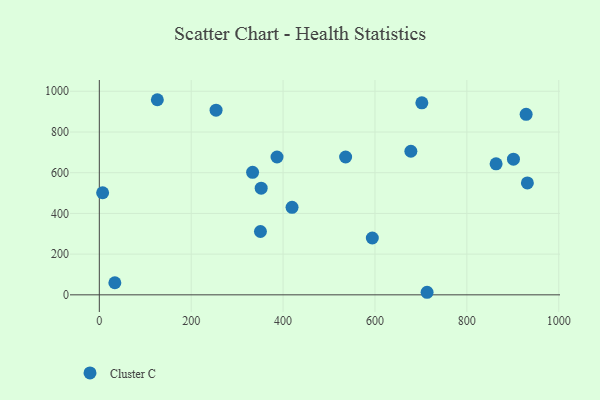
{"axis": {"x": "Ad Spend", "y": "Fuel Efficiency"}, "legend": ["Cluster C"], "data": [{"x": "350.7", "y": 311.1, "type": "Cluster C"}, {"x": "929.0", "y": 886.9, "type": "Cluster C"}, {"x": "678.1", "y": 705.4, "type": "Cluster C"}, {"x": "7.2", "y": 501.6, "type": "Cluster C"}, {"x": "901.4", "y": 666.4, "type": "Cluster C"}, {"x": "702.0", "y": 943.1, "type": "Cluster C"}, {"x": "386.8", "y": 677.1, "type": "Cluster C"}, {"x": "863.6", "y": 643.7, "type": "Cluster C"}, {"x": "931.7", "y": 549.6, "type": "Cluster C"}, {"x": "713.4", "y": 12.6, "type": "Cluster C"}, {"x": "536.1", "y": 677.1, "type": "Cluster C"}, {"x": "254.1", "y": 907.2, "type": "Cluster C"}, {"x": "126.3", "y": 958.5, "type": "Cluster C"}, {"x": "352.3", "y": 524.1, "type": "Cluster C"}, {"x": "419.5", "y": 429.8, "type": "Cluster C"}, {"x": "33.8", "y": 59.5, "type": "Cluster C"}, {"x": "333.6", "y": 601.8, "type": "Cluster C"}, {"x": "594.2", "y": 279.2, "type": "Cluster C"}]}